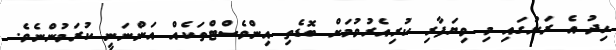
ހިދު އެ ރަށުގައި މި ވިޔަފާރި ކުރިއެރުވުމަށް ބޮޑެތި އިންވެސްޓްތަކެއް އަންނަނީ ކުރަމުންނެވެ.